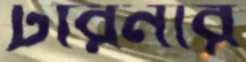
টারনার